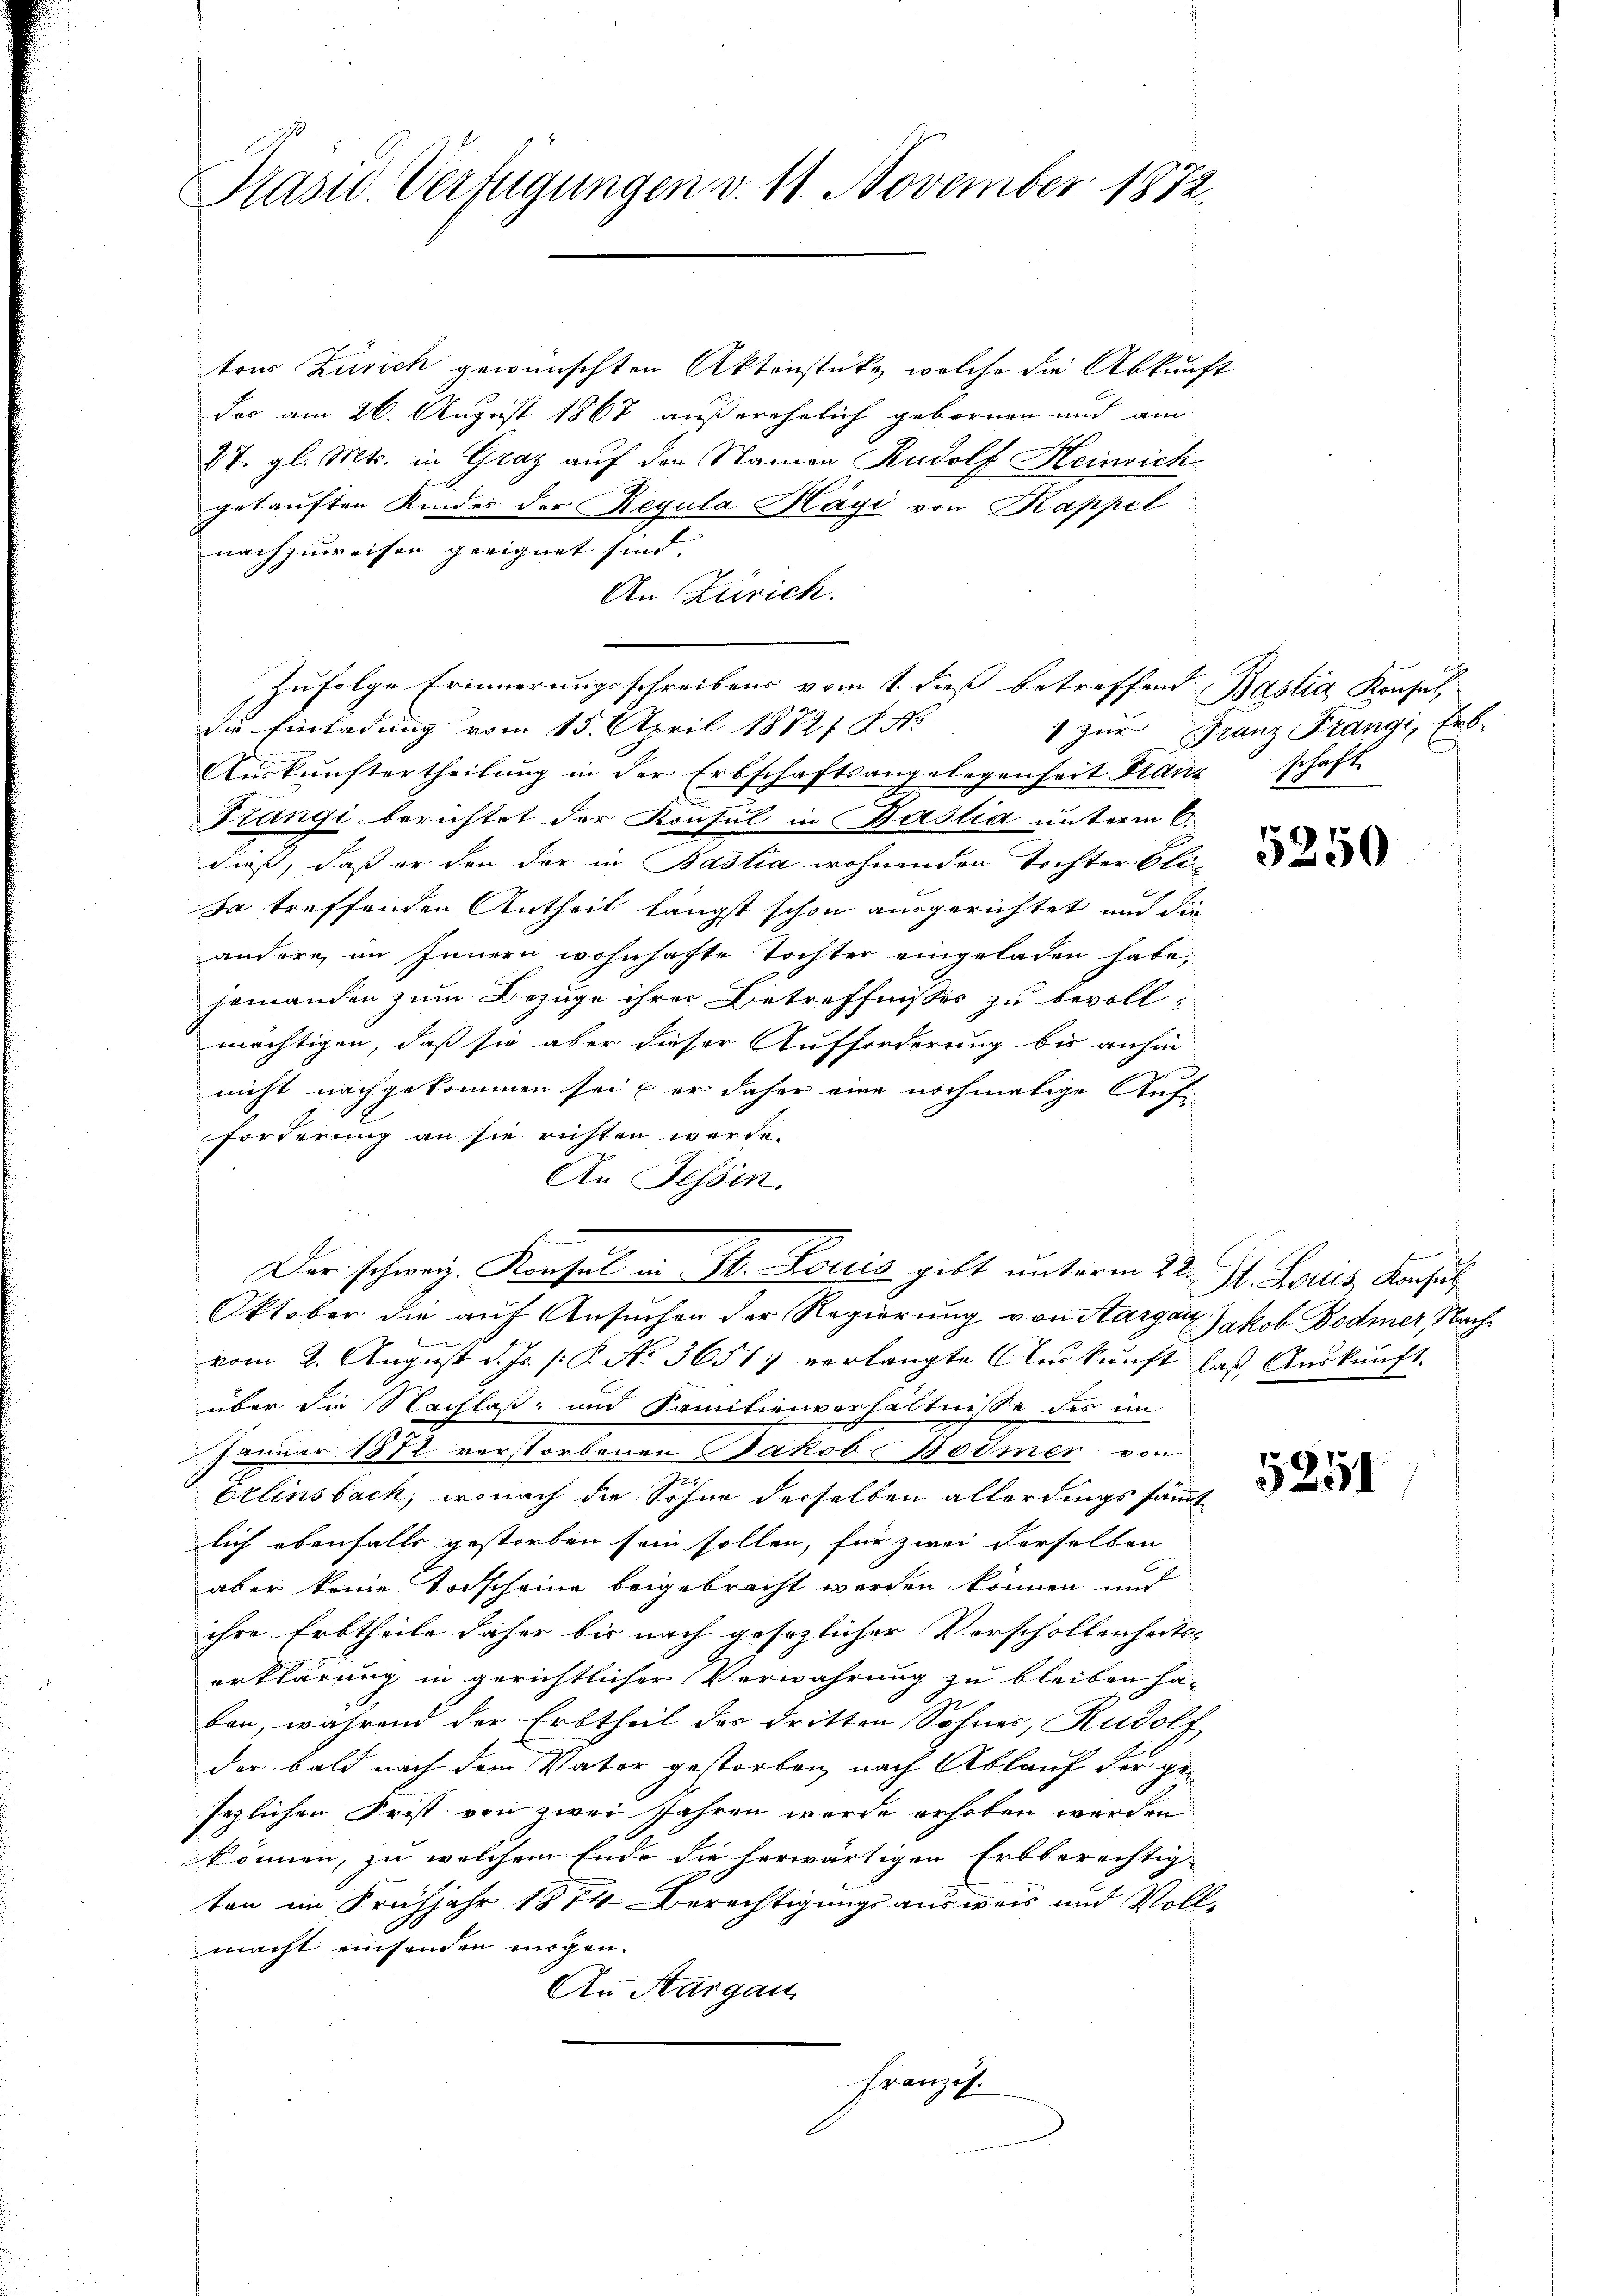
Pasid. Verfügungen v. 11. November 1872.

tons Zürich gewünschten Aktenstücke, welche die Abkunft
des am 26. August 1867 außerehelich gebornen und am
27. gl. Mts. in Graz auf den Namen Rudolf Heinrich
getauften Kinder der Regula Hägi von Kappel
nachzuweisen geeignet sind.
An Zürich.
die Einladung vom 15. April 18721 f. No
Aŭskŭnftertheilung in der Erbschaftsangelegenheit Franz schaft
Prangi berichtet der Konsul in Bastia unterm 6.
dieß, daß er den der in Bastia wohnenden Tochter Cli¬
Da treffenden Antheil längst schon ausgerichtet und die
andere, im Innern wohnhafte Tochter eingeladen habe,
jemanden zum Bezuge ihrer Betreffnisses zu bevollmächtigen, daß sie aber dieser Aufforderung bis anhin
nicht nachgekommen sei, er daher eine nochmalige Auf-
forderung an sie richten werde.
An Tessin.
Der schweiz. Konsul in St. Louis gibt unterm 22. St. Louis, Konsul
Oktober die auf Ansuchen der Regierung von Aargar Jakob Bodmer, Nachvom 2. August d. Js. p. P. No 3651 verlangte Auskunft
über die Nachlaß- und Familienverhältnisse des im
Januar 1872 verstorbenen Jakob 30 Omer von
Erlinsbach, wonach die Söhne derselben allerdings sämmt
lich ebenfalls gestorben sein sollen, für zwei derselben
aber keine Todscheine beigebracht worden können und
ihre Erbtheile daher bis nach gesezlicher Verschollenheits-
erklärung in gerichtlicher Verwahrung zu bleiben ha-
ben, während der Erbtheil des dritten Sohner, Rudolf
der bald nach dem Vater gestorben, nach Ablauf der gesezlichen Frist von zwei Jahren wurde erhoben werden
können, zu welchem Ende die herwärtigen Erbberechtig-
ton im Frühjahr 1874 Berechtigungsausweis und Vollmacht einsenden mögen.
An Aargau
Französ.

zufolge Erinnerungsschreibens vom 1. dieß betreffend Bastia Konsul,

zur franz Prangi, Erb¬

5250

laß Auskunft.
a

5251